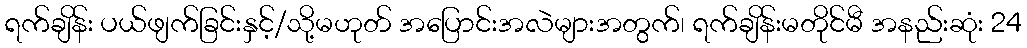
ရက်ချိန်း ပယ်ဖျက်ခြင်းနှင့်/သို့မဟုတ် အပြောင်းအလဲများအတွက်၊ ရက်ချိန်းမတိုင်မီ အနည်းဆုံး 24